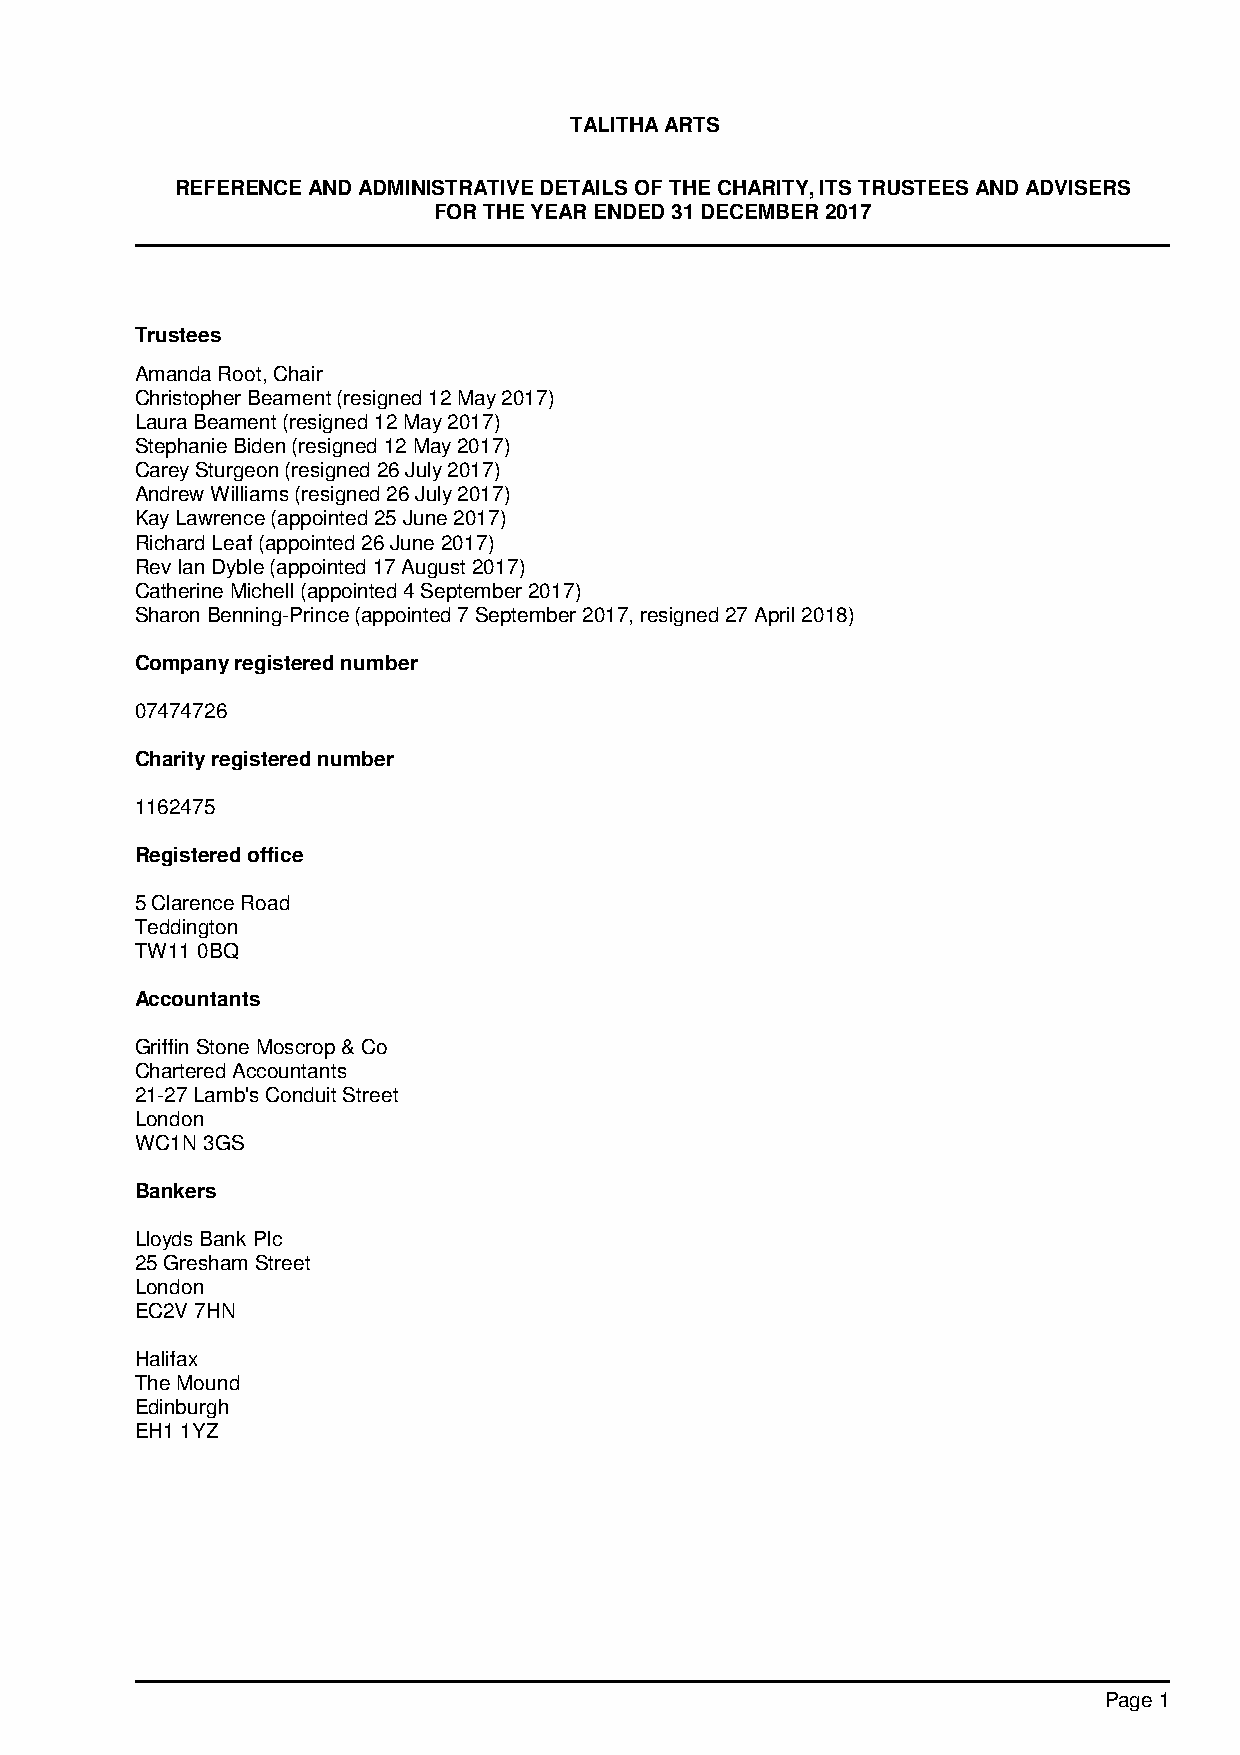
TALITHA ARTS
 REFERENCE AND ADMINISTRATIVE DETAILS OF THE CHARITY, ITS TRUSTEES AND ADVISERS
 FOR THE YEAR ENDED 31 DECEMBER 2017
 Trustees
 Amanda Root, Chair
 Christopher Beament (resigned 12 May 2017)
 Laura Beament (resigned 12 May 2017)
 Stephanie Biden (resigned 12 May 2017)
 Carey Sturgeon (resigned 26 July 2017)
 Andrew Williams (resigned 26 July 2017)
 Kay Lawrence (appointed 25 June 2017)
 Richard Leaf (appointed 26 June 2017)
 Rev Ian Dyble (appointed 17 August 2017)
 Catherine Michell (appointed 4 September 2017)
 Sharon Benning-Prince (appointed 7 September 2017, resigned 27 April 2018)
 Company registered number
 07474726
 Charity registered number
 1162475
 Registered office
 5 Clarence Road
 Teddington
 TW11 0BQ
 Accountants
 Griffin Stone Moscrop & Co
 Chartered Accountants
 21-27 Lamb's Conduit Street
 London
 WC1N 3GS
 Bankers
 Lloyds Bank Plc
 25 Gresham Street
 London
 EC2V 7HN
 Halifax
 The Mound
 Edinburgh
 EH1 1YZ
 Page 1